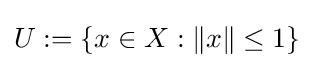
{\textstyle U:=\{x\in X:\|x\|\leq 1\}}